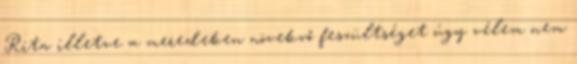
Rita illetve a meredeken növekvő feszültséget úgy vélem nem